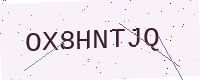
Text: OX8HNTJQ